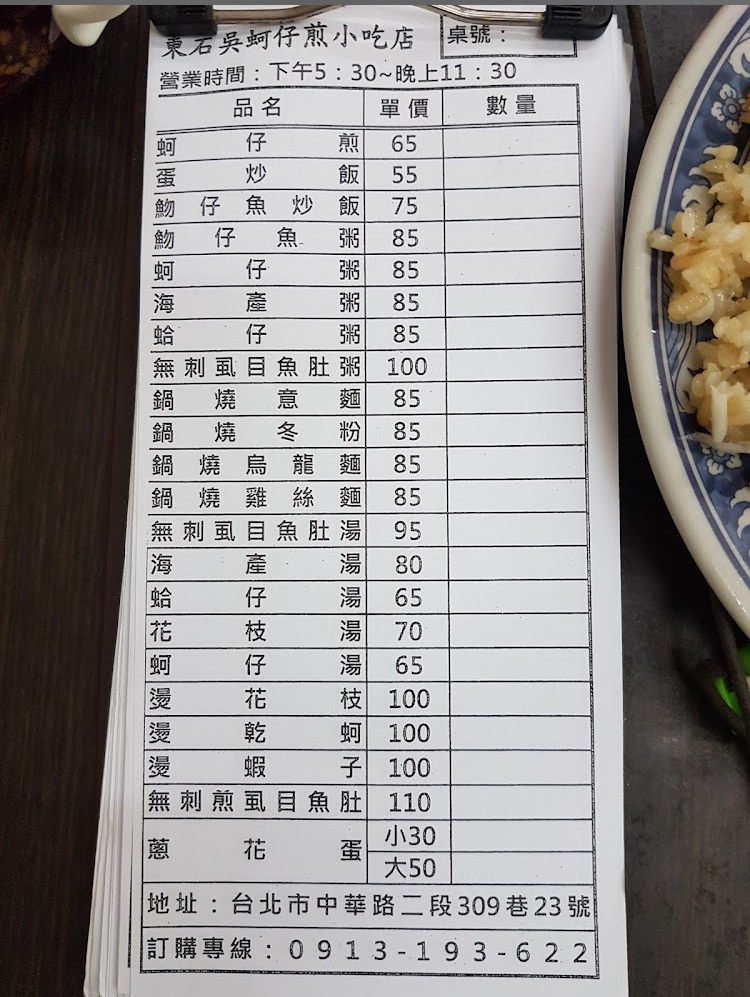
餐廳：東石吳蚵仔煎小吃店
地址：台北市中華路二段309巷23號
電話：0913-193-622
營業時間：下午5:30~晚上11:30
菜單：
name: 蚵仔煎
price: 65
name: 蛋炒飯
price: 55
name: 魩仔魚炒飯
price: 75
name: 魩仔魚粥
price: 85
name: 蚵仔粥
price: 85
name: 海產粥
price: 85
name: 蛤仔粥
price: 85
name: 無刺虱目魚肚粥
price: 100
name: 鍋燒意麵
price: 85
name: 鍋燒冬粉
price: 85
name: 鍋燒烏龍麵
price: 85
name: 鍋燒雞絲麵
price: 85
name: 無刺虱目魚肚湯
price: 95
name: 海產湯
price: 80
name: 蛤仔湯
price: 65
name: 花枝湯
price: 70
name: 蚵仔湯
price: 65
name: 燙花枝
price: 100
name: 燙乾蚵
price: 100
name: 燙蝦子
price: 100
name: 無刺煎虱目魚肚
price: 110
name: 蔥花蛋小
price: 30
name: 蔥花蛋大
price: 50